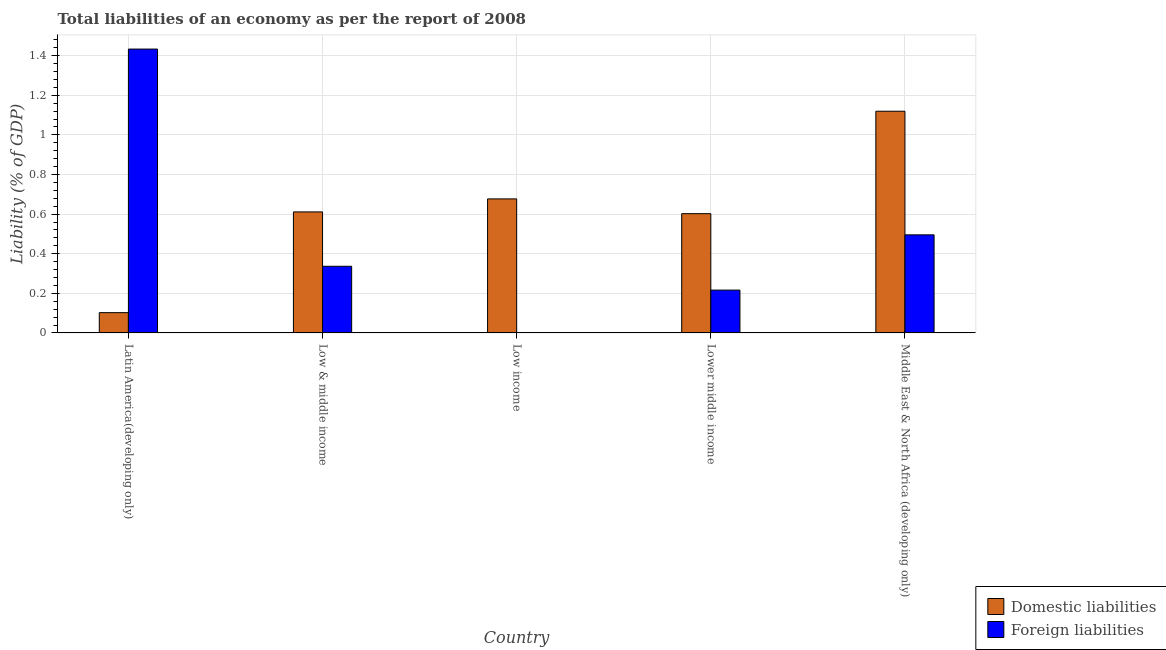
| Country | Domestic liabilities | Foreign liabilities |
 | --- | --- | --- |
 | Latin America(developing only) | 0.102 | 1.43 |
 | Low & middle income | 0.611 | 0.337 |
 | Low income | 0.677 | -0.0174 |
 | Lower middle income | 0.602 | 0.216 |
 | Middle East & North Africa (developing only) | 1.12 | 0.495 |